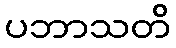
ပဘာသတိ